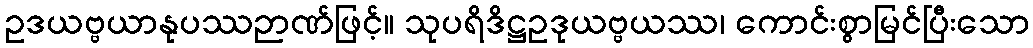
ဥဒယဗ္ဗယာနုပဿဉာဏ်ဖြင့်။ သုပရိဒိဋ္ဌဥဒုယဗ္ဗယဿ၊ ကောင်းစွာမြင်ပြီးသော